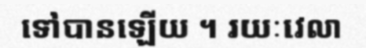
ទៅបានឡើយ ។ រយៈវេលា